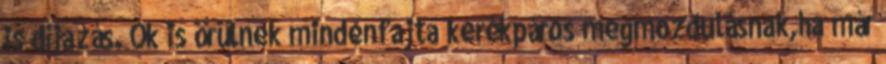
is díjazás. Ők is örülnek mindenfajta kerékpáros megmozdulásnak,ha már